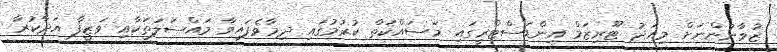
ޒުވާނުންނަށް މިއަދު ޓޫރިޒަމް އިންޑަސްޓްރީގައި މަސައްކަތް ކުރުމުގައި ދިމާވެފައިވާ މައްސަލަތަކާއި ވަޒީފާ އަދާކުރާ